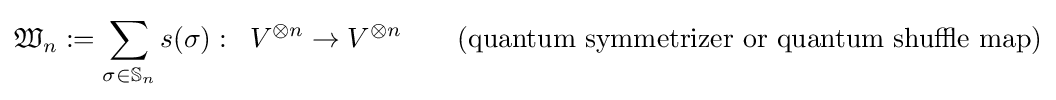
{\mathfrak {W}}_{n}:=\sum _{\sigma \in \mathbb {S} _{n}}s(\sigma ):\;\;V^{\otimes n}\to V^{\otimes n}\qquad {\text{(quantum symmetrizer or quantum shuffle map)}}